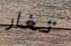
تغار